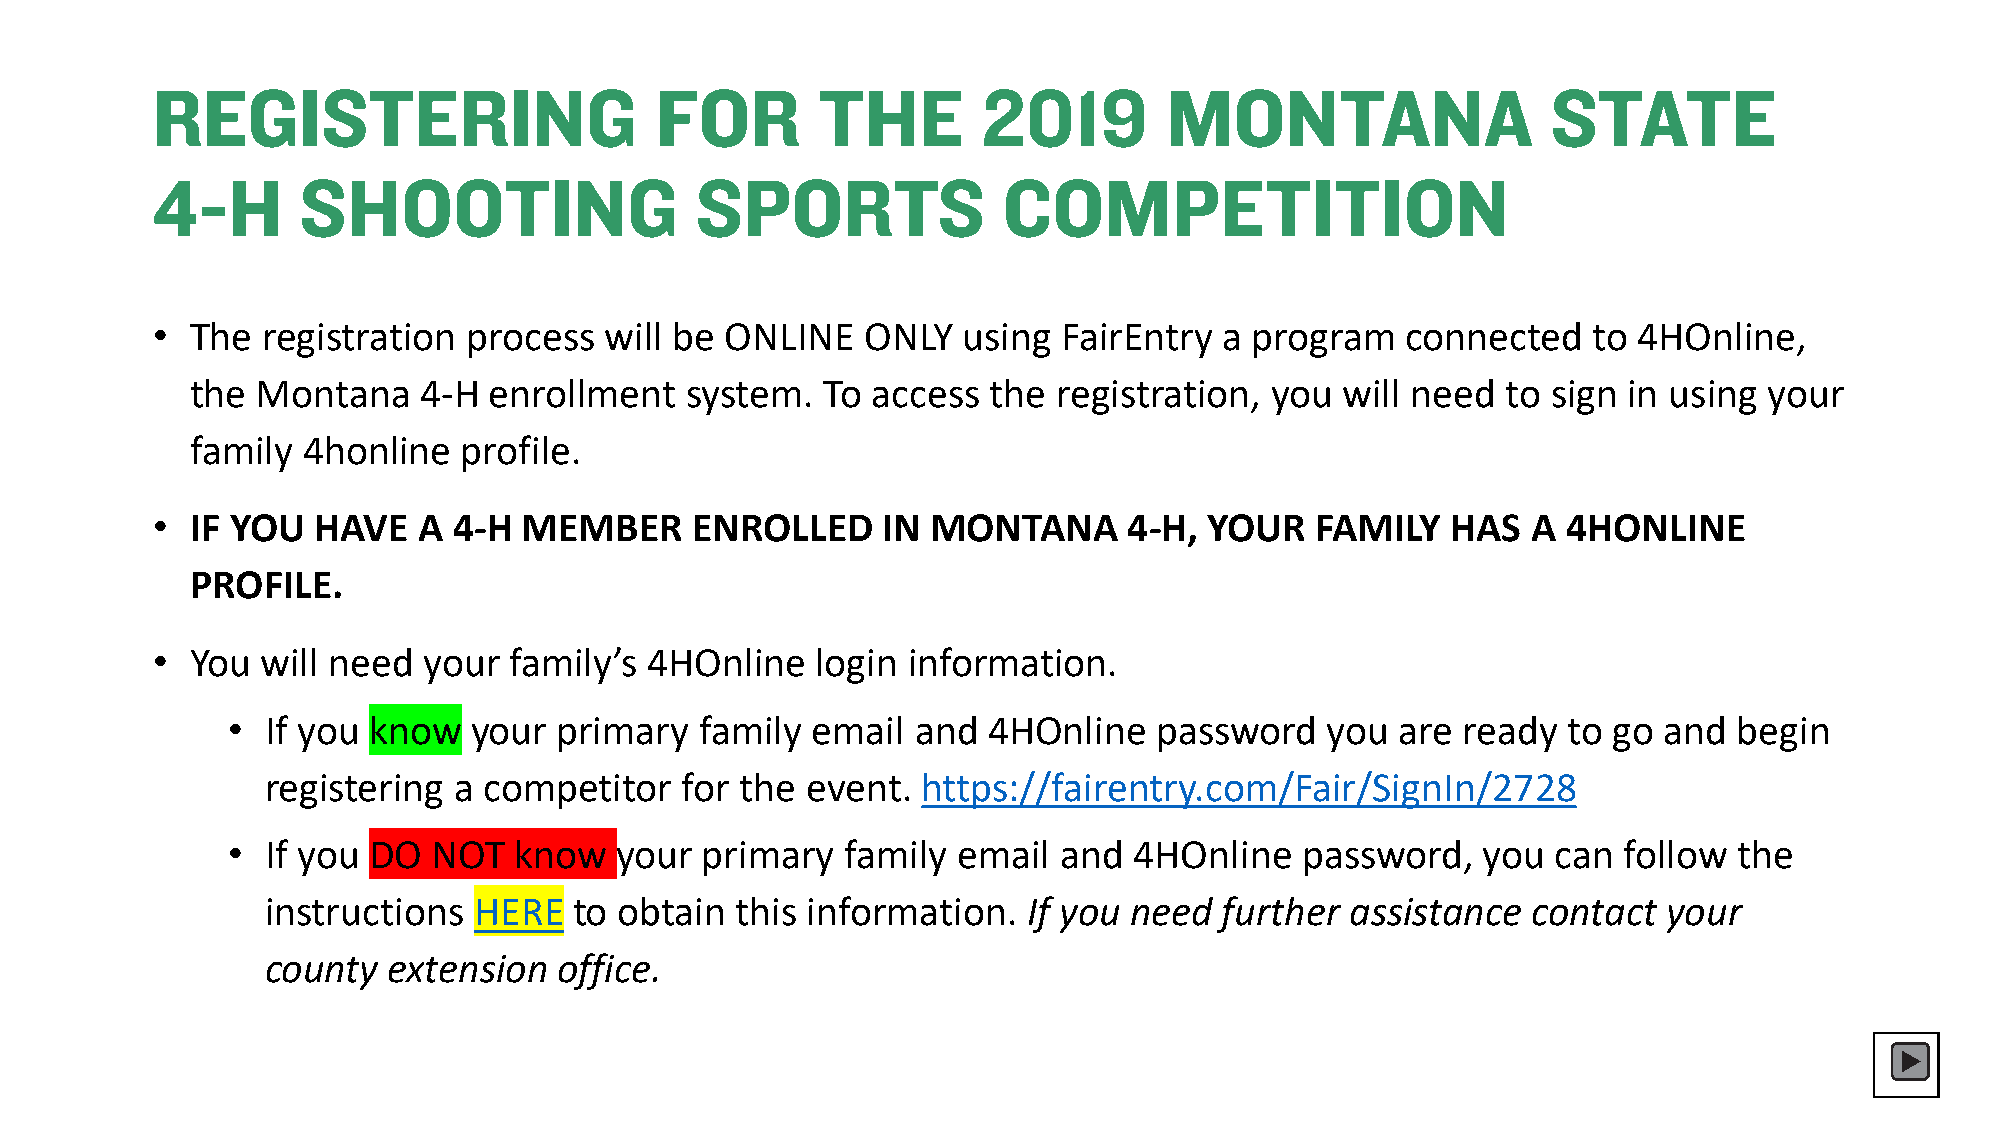
REGISTERING                      FOR        THE        2019        MONTANA                   STATE
 4-H       SHOOTING                  SPORTS              COMPETITION
 •  The registration  process  will be ONLINE   ONLY   using FairEntry  a program   connected   to 4HOnline,
 the Montana    4-H enrollment   system.   To access  the registration, you  will need  to sign in using your
 family 4honline   profile.
 •  IF YOU  HAVE   A 4-H  MEMBER     ENROLLED    IN  MONTANA      4-H, YOUR   FAMILY   HAS  A  4HONLINE
 PROFILE.
 •  You will need  your  family’s 4HOnline   login information.
 •  If you know  your  primary  family  email  and 4HOnline    password   you  are ready  to go and  begin
 registering a competitor   for the event.  https://fairentry.com/Fair/SignIn/2728
 •  If you DO  NOT  know   your primary   family email  and  4HOnline   password,   you  can follow  the
 instructions HERE   to obtain  this information.  If you need  further assistance  contact  your
 county  extension  office.